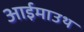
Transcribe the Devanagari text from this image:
आईमाउथ